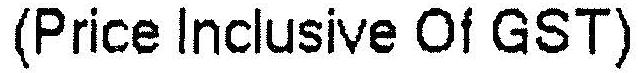
(PRICE INCLUSIVE OF GST)